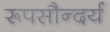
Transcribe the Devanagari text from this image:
रूपसौन्दर्य